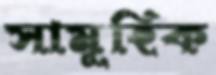
সামূহিক